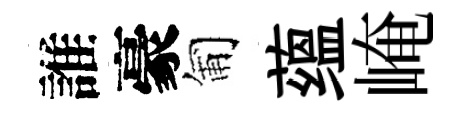
誰豪匍蕴崦